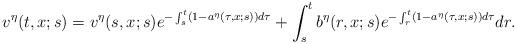
LaTeX: \begin{align*}v^{\eta}(t,x;s)=v^{\eta}(s,x;s)e^{-\int_{s}^{t}(1-a^{\eta}(\tau,x;s))d\tau}+\int_{s}^{t}b^{\eta}(r,x;s)e^{-\int_{r}^{t}(1-a^{\eta}(\tau,x;s))d\tau}dr.\end{align*}